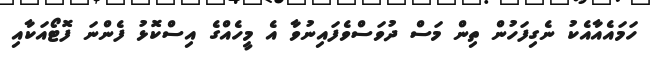
ހަމައެއާއެކު ނެގިފަހުން ތިން މަސް ދުވަސްވެފައިނުވާ އެ މީހެއްގެ އިސްކޮޅު ފެންނަ ފޮޓޯއަކާއި